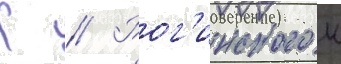
К // Рог'инского к